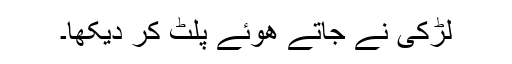
لڑکی نے جاتے ھوئے پلٹ کر دیکھا۔